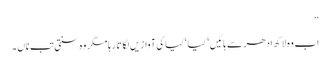
‘‘
اب وہ لاکھ ادھر سے ہائیں‘ کیا ‘ کیا کی آوازیں لگاتا رہا مگر وہ سنتی تب ناں ۔